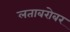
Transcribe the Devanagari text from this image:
लताबरोबर